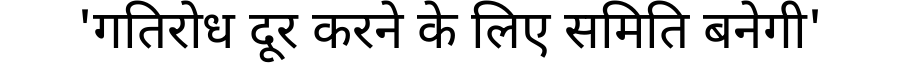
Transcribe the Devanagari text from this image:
'गतिरोध दूर करने के लिए समिति बनेगी'